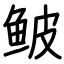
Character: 鲏